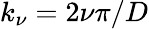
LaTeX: k_{\nu}=2\nu\pi/D